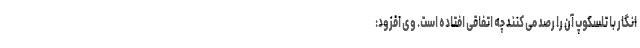
انگار با تلسکوپ آن را رصد می کنند چه اتفاقی افتاده است. وی افزود: